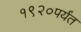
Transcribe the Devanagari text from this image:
१९२०पर्यंत